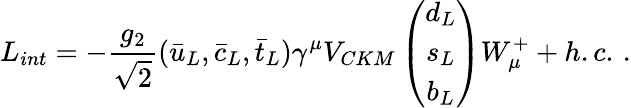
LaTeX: L_{int}=-\frac{g_{2}}{\sqrt{2}}(\bar{u}_{L},\bar{c}_{L},\bar{t}_{L})\gamma^{\mu}V_{CKM}\left(\begin{array}{ccc}{{d_{L}}}\\ {{s_{L}}}\\ {{b_{L}}}\end{array}\right)W_{\mu}^{+}+h.c.\, .